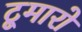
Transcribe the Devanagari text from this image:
टूमारो